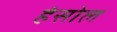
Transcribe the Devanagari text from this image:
हंसोल